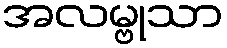
အလမ္ဗုသာ